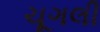
ચૂગલી